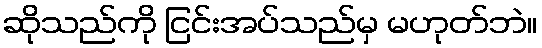
ဆိုသည်ကို ငြင်းအပ်သည်မှ မဟုတ်ဘဲ။